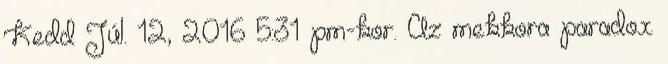
Kedd Júl. 12, 2016 5:31 pm-kor. Az mekkora paradox